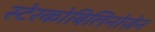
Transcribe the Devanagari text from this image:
स्टेरकोबिलिनोज़ेन